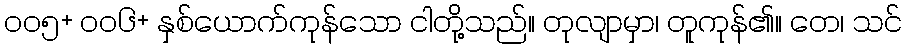
၀၀၅+ ၀၀၆+ နှစ်ယောက်ကုန်သော ငါတို့သည်။ တုလျာမှာ၊ တူကုန်၏။ တေ၊ သင်